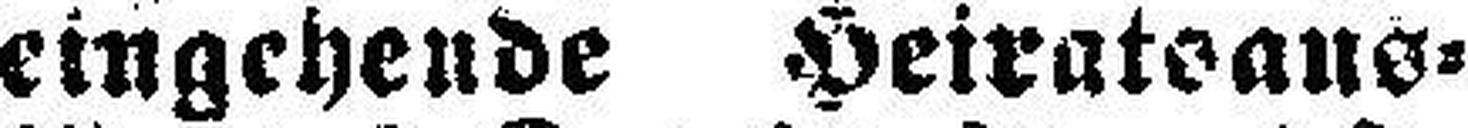
eingehende Heiratsaus¬